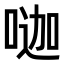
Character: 𠷉